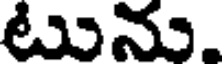
టును.